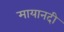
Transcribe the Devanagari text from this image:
मायानदी